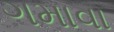
ગમાવા